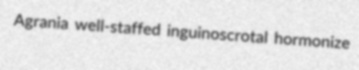
Agrania well-staffed inguinoscrotal hormonize